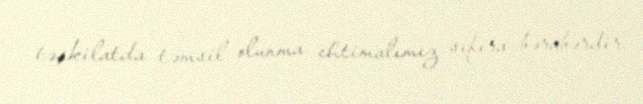
təşkilatda təmsil olunma ehtimalımız sıfıra bərabərdir.